Report on the working of the Ranchi Indian Mental Hospital, Kanke, in Bihar and Orissa - 1930-1940
Year: 1930
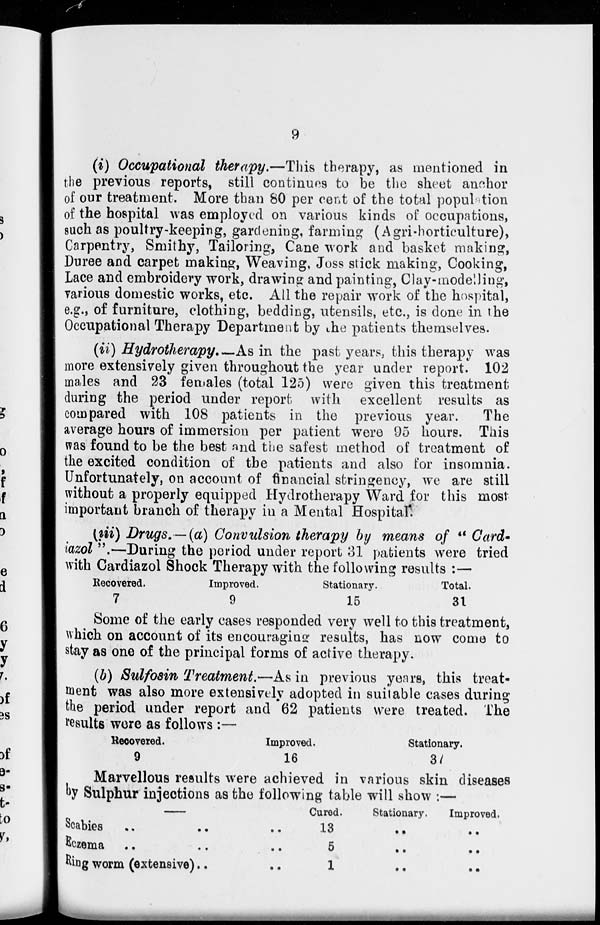
9
(i) Occupational therapy.—This therapy, as mentioned in
the previous reports, still continues to be the sheet anchor
of our treatment. More than 80 per cent of the total population
of the hospital was employed on various kinds of occupations,
such as poultry-keeping, gardening, farming (Agri-horticulture),
Carpentry, Smithy, Tailoring, Cane work and basket making,
Duree and carpet making, Weaving, Joss stick making, Cooking,
Lace and embroidery work, drawing and painting, Clay-modelling,
various domestic works, etc. All the repair work of the hospital,
e.g., of furniture, clothing, bedding, utensils, etc., is done in the
Occupational Therapy Department by the patients themselves.
(ii) Hydrotherapy.—As in the past years, this therapy was
more extensively given throughout the year under report. 102
males and 23 females (total 125) were given this treatment
during the period under report with excellent results as
compared with 108 patients in the previous year.
The
average hours of immersion per patient were 95 hours. This
was found to be the best and the safest method of treatment of
the excited condition of the patients and also for insomnia.
Unfortunately, on account of financial stringency, we are still
without a properly equipped Hydrotherapy Ward for this most
important branch of therapy in a Mental Hospital.
(iii) Drugs.–(a) Convulsion therapy by means of " Card-
iazol ".—During the period under report 31 patients were tried
with Cardiazol Shock Therapy with the following results :—
Recovered.
7
Improved.
9
Stationary.
15
Total.
31
Some of the early cases responded very well to this treatment,
which on account of its encouraging results, has now come to
stay as one of the principal forms of active therapy.
(b) Sulfosin Treatment.—As in previous years, this treat-
ment was also more extensively adopted in suitable cases during
the period under report and 62 patients were treated. The
results were as follows :—
Recovered.
9
Improved.
16
Stationary.
3
Marvellous results were achieved in various skin diseases
by Sulphur injections as the following table will show :—
––
Scabies .. ..
Eczema .. ..
Ring worm (extensive)..
Cured.
13
5
1
Stationary.
..
..
..
Improved.
..
..
..